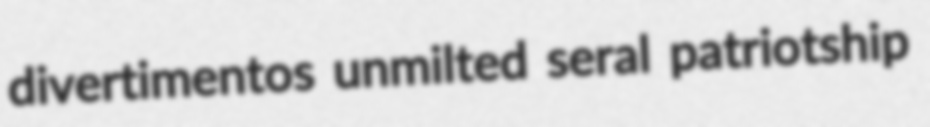
divertimentos unmilted seral patriotship